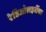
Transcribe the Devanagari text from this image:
रेडिओलहरींचा